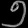
Digit: ၅